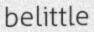
belittle